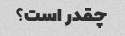
چقدر است؟